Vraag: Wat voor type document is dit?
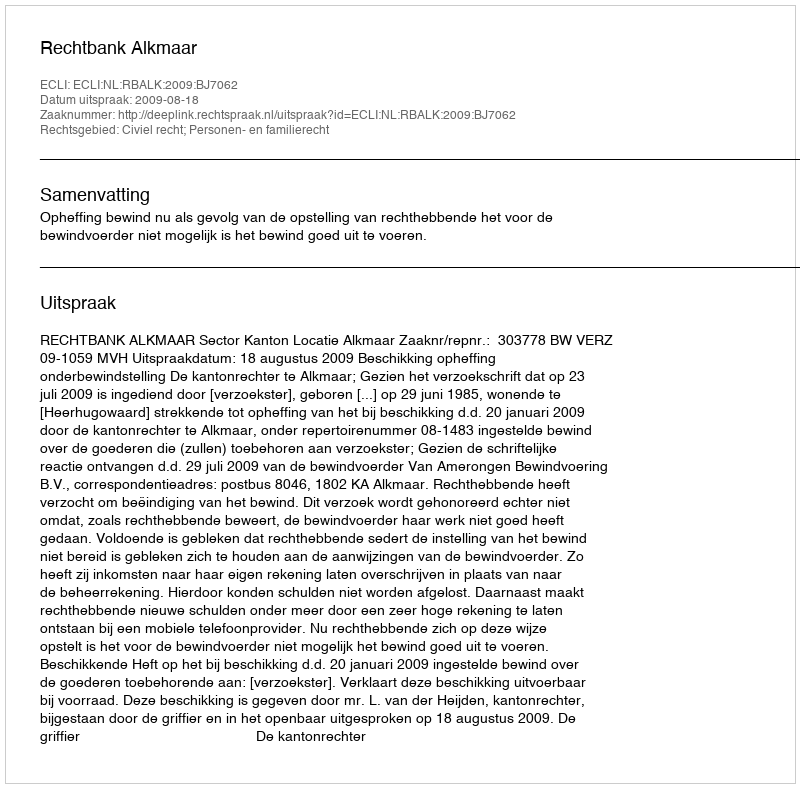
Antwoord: Uitspraak